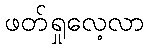
ဖတ်ရှုလေ့လာ